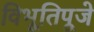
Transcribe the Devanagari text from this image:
विभूतिपूजे